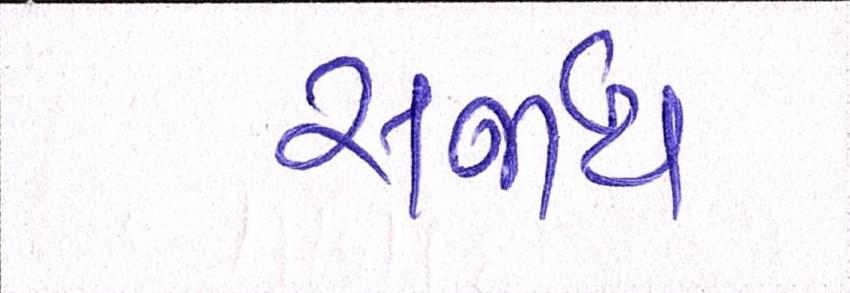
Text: સર્જાય